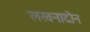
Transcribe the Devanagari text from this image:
लखनादोन